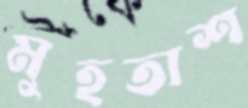
মুহতাশ